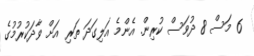
6 މަސް 8 ދުވަސް ކުރިން. އެންމެ އަލިގަދަ ތަރި އަށް ވާދަކުރުމުގެ